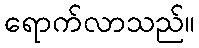
ရောက်လာသည်။